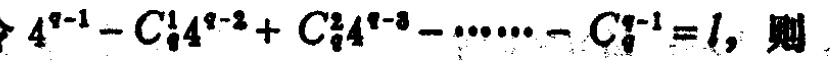
\(4^{q - 1}-C_{q}^{1}4^{q - 2}+C_{q}^{2}4^{q - 3}-\cdots - C_{q}^{q - 1}=l\)，则